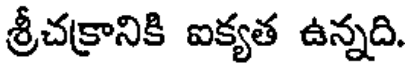
శ్రీచక్రానికి ఐక్యత ఉన్నది.